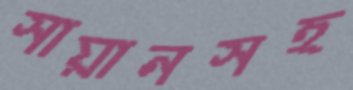
সায়ানসহ